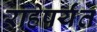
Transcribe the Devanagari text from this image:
राहेपर्यंत